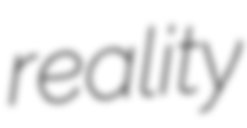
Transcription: reality